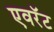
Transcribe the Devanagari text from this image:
एवरॅट